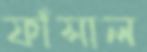
ফাঁসাল